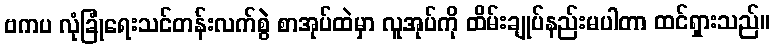
ဗကပ လုံခြုံရေးသင်တန်းလက်စွဲ စာအုပ်ထဲမှာ လူအုပ်ကို ထိမ်းချုပ်နည်းမပါတာ ထင်ရှားသည်။